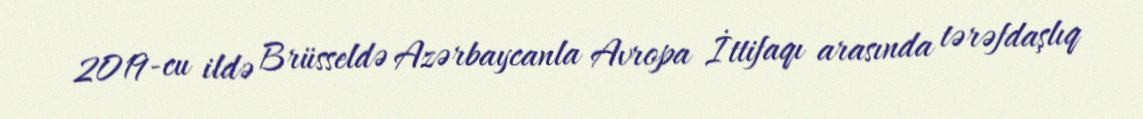
2019-cu ildə Brüsseldə Azərbaycanla Avropa İttifaqı arasında tərəfdaşlıq